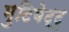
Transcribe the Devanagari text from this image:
मुटियेट्टु